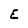
Character: E